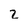
Character: z